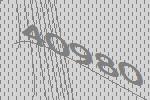
40980